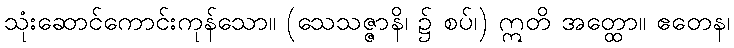
သုံးဆောင်ကောင်းကုန်သော။ (သေသဇ္ဇာနိ၊ ၌ စပ်၊) ဣတိ အတ္ထော။ ဧတေန၊